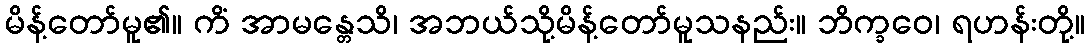
မိန့်တော်မူ၏။ ကိံ အာမန္တေသိ၊ အဘယ်သို့မိန့်တော်မူသနည်း။ ဘိက္ခဝေ၊ ရဟန်းတို့။